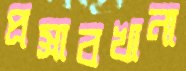
প্রস্রাবখানা